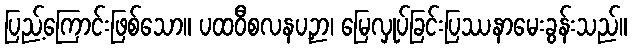
ပြည့်ကြောင်းဖြစ်သော။ ပထဝီစလနပဉှာ၊ မြေလှုပ်ခြင်းပြဿနာမေးခွန်းသည်။